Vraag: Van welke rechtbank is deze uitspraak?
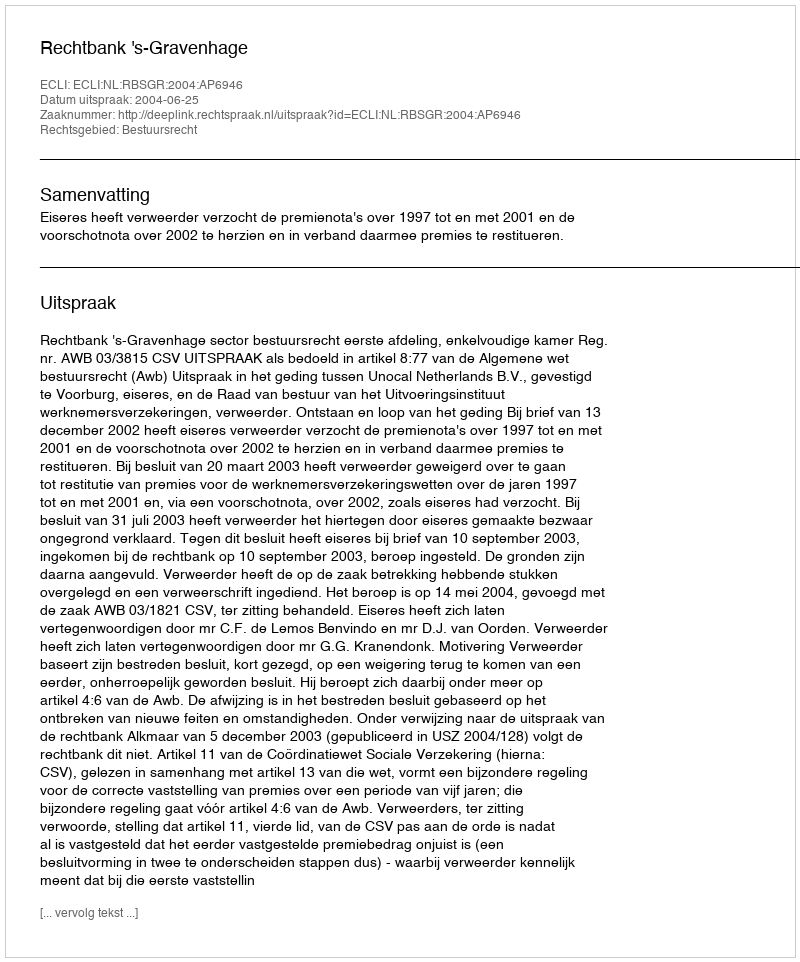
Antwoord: Rechtbank 's-Gravenhage